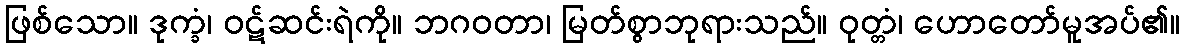
ဖြစ်သော။ ဒုက္ခံ၊ ဝဋ်ဆင်းရဲကို။ ဘဂဝတာ၊ မြတ်စွာဘုရားသည်။ ဝုတ္တံ၊ ဟောတော်မူအပ်၏။